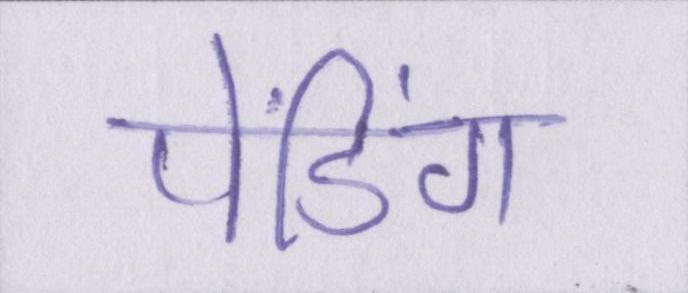
पेंडिंग